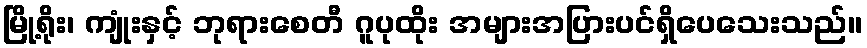
မြို့ရိုး၊ ကျုံးနှင့် ဘုရားစေတီ ဂူပုထိုး အများအပြားပင်ရှိပေသေးသည်။